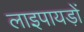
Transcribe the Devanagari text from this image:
लाइपायड़ों